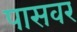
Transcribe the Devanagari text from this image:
पासवर